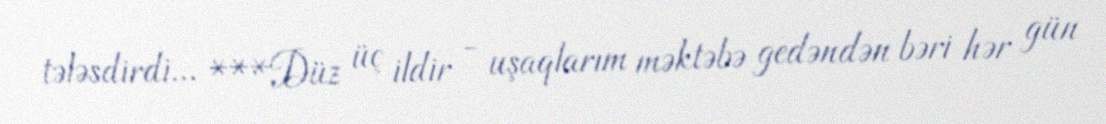
tələsdirdi... ***Düz üç ildir - uşaqlarım məktəbə gedəndən bəri hər gün